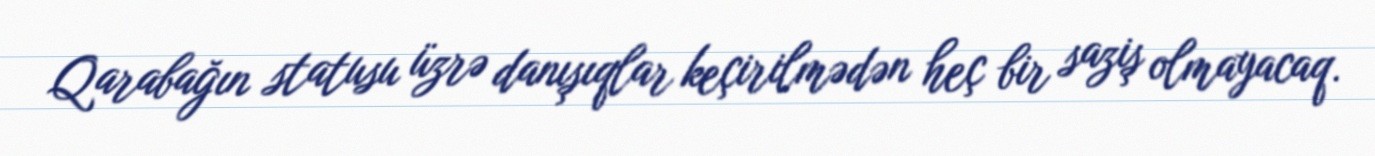
Qarabağın statusu üzrə danışıqlar keçirilmədən heç bir saziş olmayacaq.